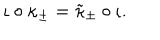
\iota \circ \kappa _ { \pm } = \tilde { \kappa } _ { \pm } \circ \iota .